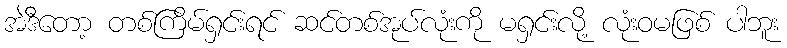
အဲဒီတော့ တစ်ကြိမ်ရှင်းရင် ဆင်တစ်အုပ်လုံးကို မရှင်းလို့ လုံးဝမဖြစ် ပါဘူး